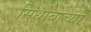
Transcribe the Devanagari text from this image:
सिधोबाच्या